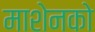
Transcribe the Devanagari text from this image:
माशेनको